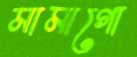
মামাগো